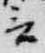
言